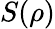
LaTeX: S(\rho)